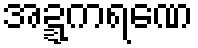
အဍ္ဍကရဏေ